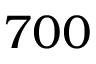
7 0 0